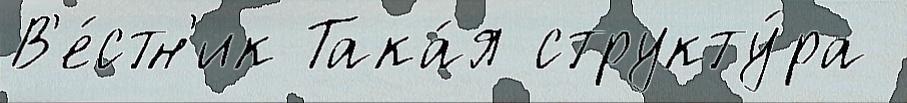
В'е́стн'ик Така́я структу́ра